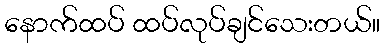
နောက်ထပ် ထပ်လုပ်ချင်သေးတယ်။